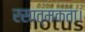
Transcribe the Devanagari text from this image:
रसात्मकता।